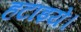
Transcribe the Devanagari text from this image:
हटाइये।